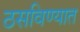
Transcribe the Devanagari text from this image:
ठसविण्यात